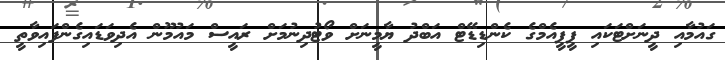
ގައުމާއި ދީނަށްޓަކައި ޕީޕީއެމްގެ ކެންޑިޑޭޓް އަބްދު ޔާމީނަށް ވޯޓުދިނުމަށް ރައީސް މައުމޫން އެދިވަޑައިގެންފައިވާތީ